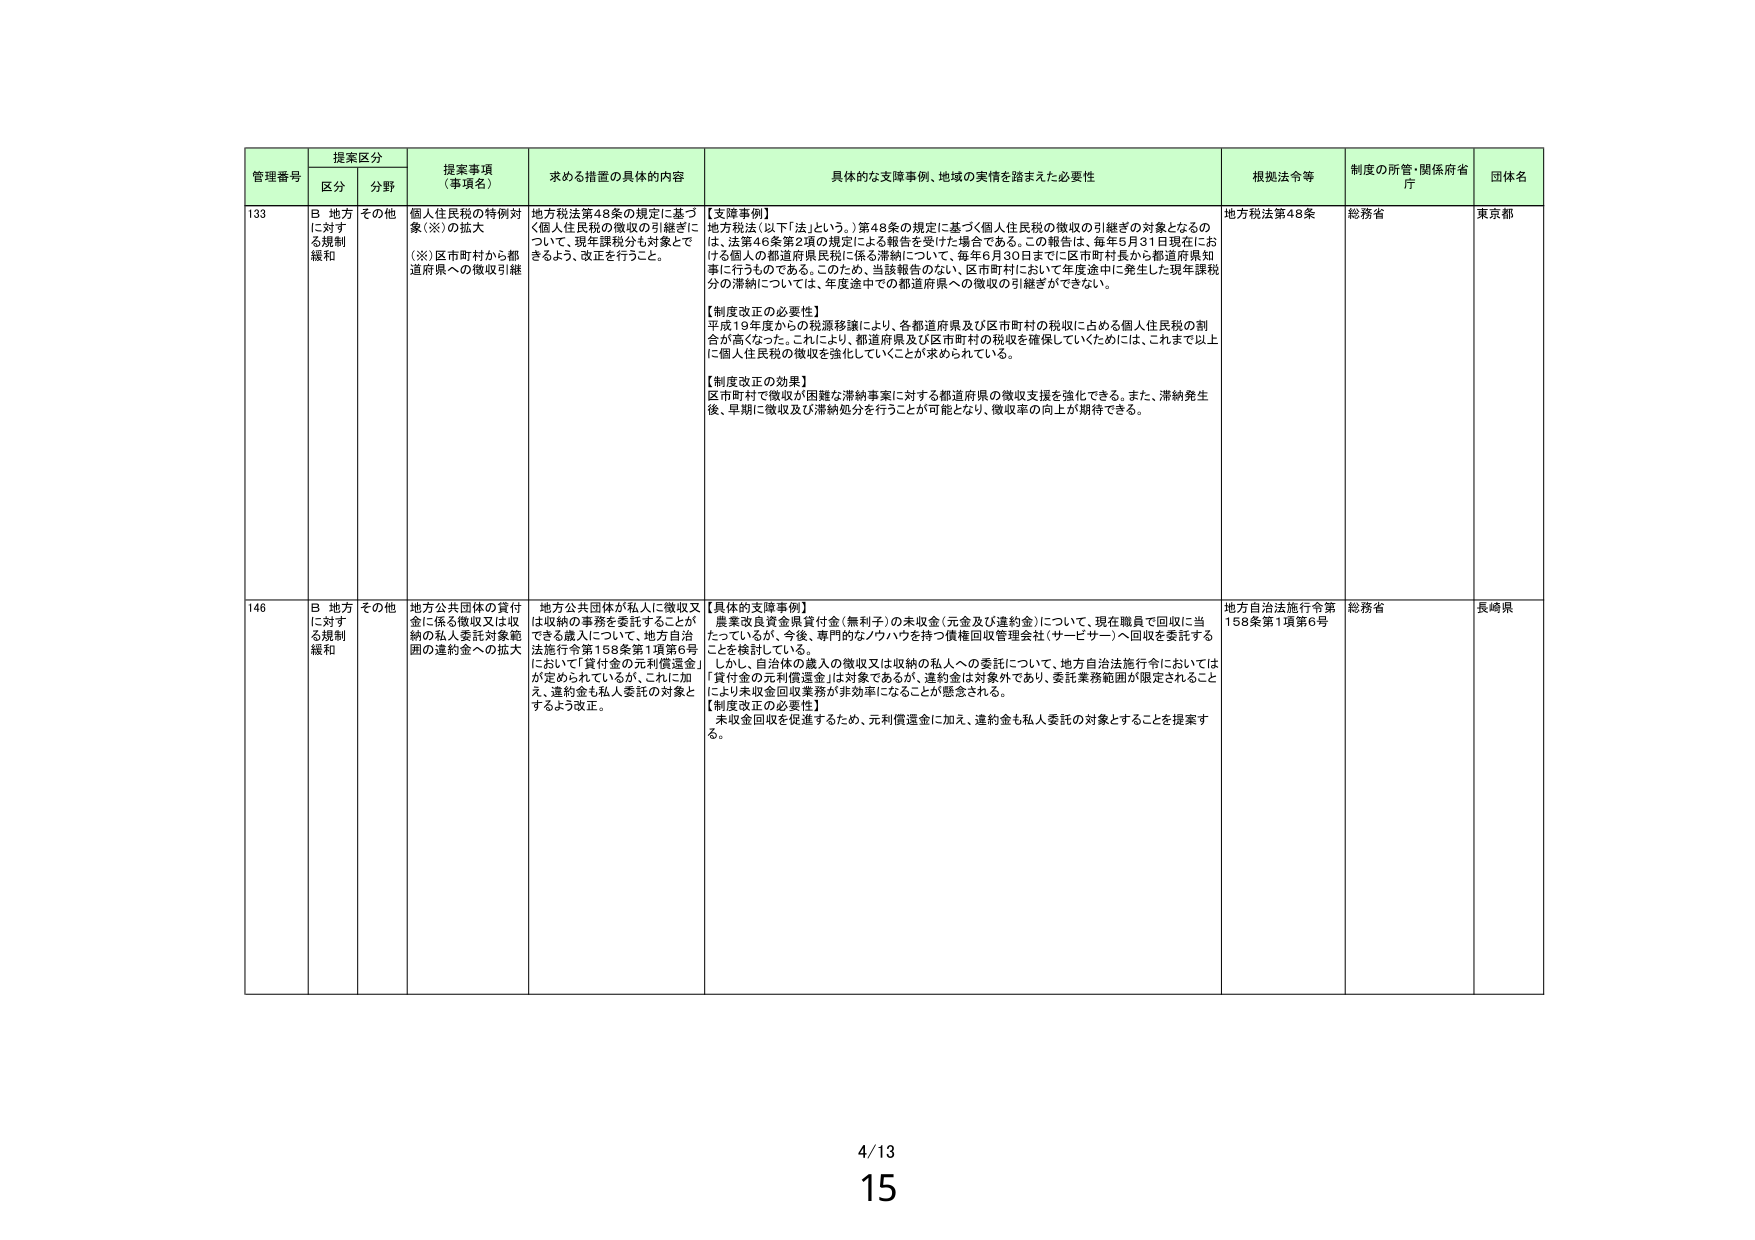
管理番号 提案区分 提案事項（事項名） 求める措置の具体的内容 具体的な支援事例、地域の実情を踏まえた必要性 根拠法令等 制度の所管・関係府省庁 団体名
区分 分野
133 B 地方に対する規制緩和 その他 個人住民税の特例対象（※）の拡大 （※）区市町村から都道府県への徴収引継 地方税法第48条の規定に基づく個人住民税の徴収の引継ぎについて、現年課税分も対象とできるよう、改正を行うこと。 【支援事例】 地方税法（以下「法」という。）第48条の規定に基づく個人住民税の徴収の引継ぎの対象となるのは、法第46条第2項の規定による報告を受けた場合である。この報告は、毎年5月31日現在における個人の都道府県民税に係る滞納について、毎年6月30日までに区市町村長から都道府県知事に行うものである。このため、当該報告のない、区市町村において年度途中に発生した現年課税分の滞納については、年度途中での都道府県への徴収の引継ぎができない。 【制度改正の必要性】 平成19年度からの税源移譲により、各都道府県及び区市町村の税収に占める個人住民税の割合が高くなった。これにより、都道府県及び区市町村の税収を確保していくためには、これまで以上に個人住民税の徴収を強化していくことが求められている。 【制度改正の効果】 区市町村で徴収が困難な滞納事案に対する都道府県の徴収支援を強化できる。また、滞納発生後、早期に徴収及び滞納処分を行うことが可能となり、徴収率の向上が期待できる。 地方税法第48条 総務省 東京都
146 B 地方に対する規制緩和 その他 地方公共団体の貸付金に係る徴収又は収納の私人委託対象範囲の違約金への拡大 地方公共団体が私人に徴収又は収納の事務を委託することができる歳入について、地方自治法施行令第158条第1項第6号において「貸付金の元利償還金」が定められているが、これに加え、違約金も私人委託の対象とするよう改正。 【具体的支援事例】 農業改良資金県貸付金（無利子）の未収金（元金及び違約金）について、現在職員で回収に当たっているが、今後、専門的なノウハウを持つ債権回収管理会社（サービサー）へ回収を委託することを検討している。 しかし、自治体の歳入の徴収又は収納の私人への委託について、地方自治法施行令においては「貸付金の元利償還金」は対象であるが、違約金は対象外であり、委託業務範囲が限定されることにより未収金回収業務が非効率になることが懸念される。 【制度改正の必要性】 未収金回収を促進するため、元利償還金に加え、違約金も私人委託の対象とすることを提案する。 地方自治法施行令第158条第1項第6号 総務省 長崎県
4/13
15